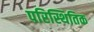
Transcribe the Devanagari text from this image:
परिस्थितिक